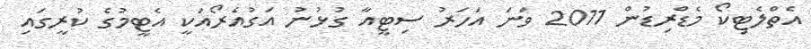
އެތްލެޓިކޯ މެޑްރިޑުން 2011 ވަނަ އަހަރު ސިޓީއާ ގުޅުނު އަގުއެރޯއަކީ އެޓީމުގެ ކުރީގައި